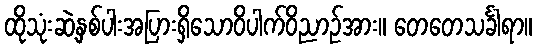
ထိုသုံးဆဲ့နှစ်ပါးအပြားရှိသောဝိပါက်ဝိညာဉ်အား။ တေတေသင်္ခါရာ။